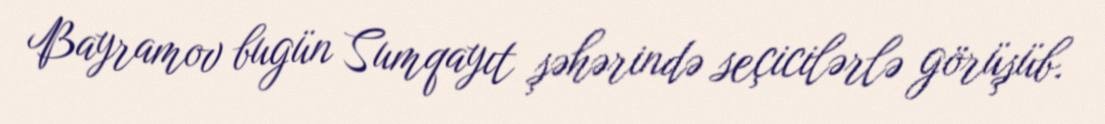
Bayramov bugün Sumqayıt şəhərində seçicilərlə görüşüb.